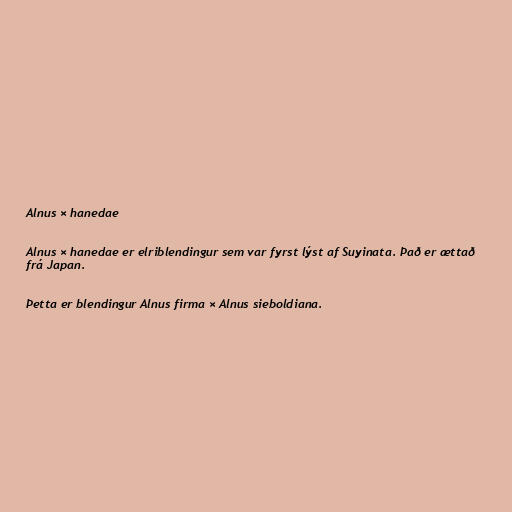
Alnus × hanedae

Alnus × hanedae er elriblendingur sem var fyrst lýst af Suyinata. Það er ættað
frá Japan.

Þetta er blendingur Alnus firma × Alnus sieboldiana.